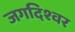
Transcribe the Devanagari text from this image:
जगदिश्वर